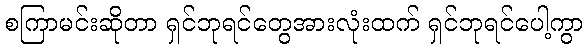
စကြာမင်းဆိုတာ ရှင်ဘုရင်တွေအားလုံးထက် ရှင်ဘုရင်ပေါ့ကွာ